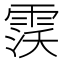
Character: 𱁙